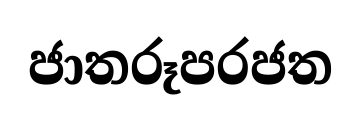
ජාතරූපරජත